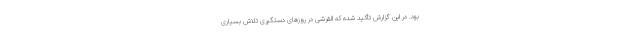
بود. در این گزارش تأکید شده که القرشی در روز‌های دستگیری تلاش بسیاری